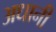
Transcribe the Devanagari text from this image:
अधानी